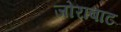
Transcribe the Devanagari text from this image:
जोराबाट